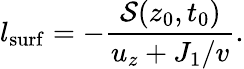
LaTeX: l_{\mathrm{surf}}=-\frac{\mathcal{S}(z_{0},t_{0})}{u_{z}+J_{1}/v}.